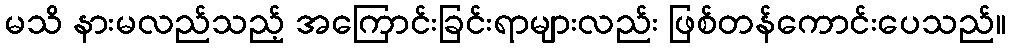
မသိ နားမလည်သည့် အကြောင်းခြင်းရာများလည်း ဖြစ်တန်ကောင်းပေသည်။